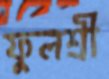
ফুলশ্রী